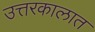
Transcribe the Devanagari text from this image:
उत्तरकालात